Annual report on the working of the lock hospitals in the North-Western Provinces and Oudh
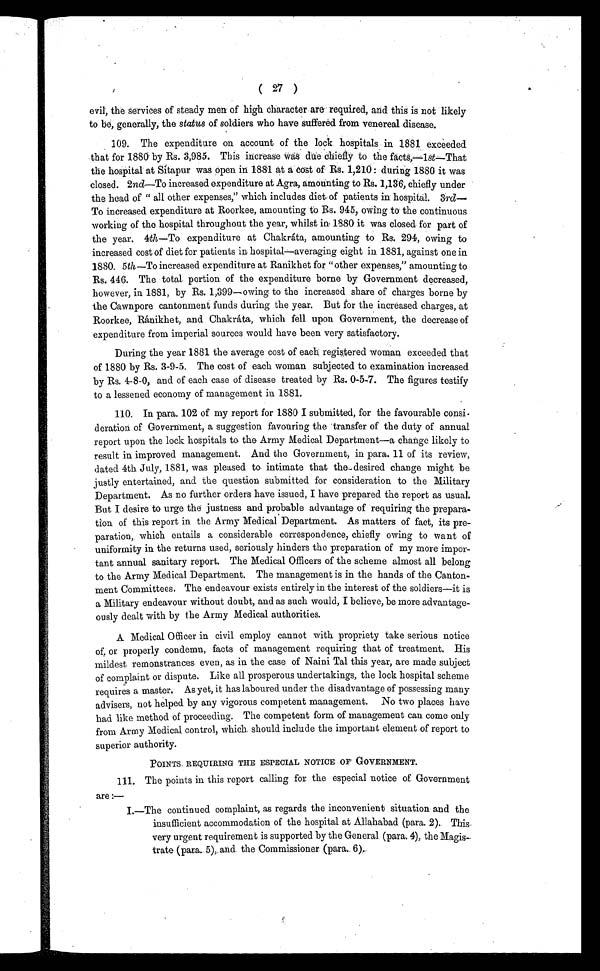
( 27 )
evil, the services of steady men of high character are required, and this is not likely
to be, generally, the status of soldiers who have suffered from venereal disease.
109. The expenditure on account of the lock hospitals in 1881 exceeded
that for 1880 by Rs. 3,985. This increase was due chiefly to the facts,—l st—That
the hospital at Sitapur was open in 1881 at a cost of Rs. 1,210: during 1880 it was
closed. 2nd —To increased expenditure at Agra, amounting to Rs. 1,136, chiefly under
the head of "all other expenses," which includes diet of patients in hospital. 3 rd—
To increased expenditure at Roorkee, amounting to Rs. 945, owing to the continuous
working of the hospital throughout the year, whilst in 1880 it was closed. for part of
the year. 4th —To expenditure at Chakráta, amounting to Rs. 294, owing to
increased cost of diet for patients in hospital—averaging eight in 1881, against one in.
1880. 5th —To increased expenditure at Ranikhet for "other expenses," amounting to
Rs. 446. The total portion of the expenditure borne by Government decreased,
however, in 1881, by Rs. 1,399—owing to the increased share of charges borne by
the Cawnpore cantonment funds during the year. But for the increased charges, at
Roorkee, Ránikhet, and Chakráta, which fell upon Government, the decrease of
expenditure from imperial sources would have been very satisfactory.
During the year 1881 the average cost of each registered woman exceeded that
of 1880 by Rs. 3-9-5. The cost of each woman subjected to examination increased
by Rs. 4-8-0, and of each case of disease treated by Rs. 0-5-7. The figures testify
to a lessened economy of management in 1881.
110. In para. 102 of my report for 1880 I submitted, for the favourable consi-
deration of Government, a suggestion favouring the transfer of the duty of annual
report upon the lock hospitals to the Army Medical Department—a change likely to
result in improved management. And the Government, in para. 11 of its review,
dated 4th July, 1881, was pleased to intimate that the desired change might be
justly entertained, and the question submitted for consideration to the Military
Department. As no further orders have issued, I have prepared the report as usual.
But I desire to urge the justness and probable advantage of requiring the prepara-
tion of this report in the Army Medical Department. As matters of fact, its pre-
paration, which entails a considerable correspondence, chiefly owing to want of
uniformity in the returns used, seriously hinders the preparation of my more impor-
tant annual sanitary report. The Medical Officers of the scheme almost all belong
to the Army Medical Department. The management is in the hands of the Canton-
ment Committees. The endeavour exists entirely in the interest of the soldiers—it is
a Military endeavour without doubt, and as such would, I believe, be more advantage-
ously dealt with by the Army Medical authorities.
A Medical Officer in civil employ cannot with propriety take serious notice
of. or properly condemn, facts of management requiring that of treatment. His
mildest remonstrances even, as in the case of Naini Tal this year, are made subject
of complaint or dispute. Like all prosperous undertakings, the lock hospital scheme
requires a master. As yet, it has laboured under the disadvantage of possessing many
advisers, not helped by any vigorous competent management. No two places have
had like method of proceeding. The competent form of management can come only
from Army Medical control, which should include the important element of report to
superior authority.
POINTS REQUIRING THE ESPECIAL NOTICE OF GOVERNMENT.
111. The points in this report calling for the especial notice of Government
are:—
I . — T h e c o n t i n u e d c o m p l a i n t , a s r e g a r d s t h e i n c o n v e n i e n t s i t u a t i o n a n d t h e
insufficient accommodation of the hospital at Allahabad (para. 2). This
very urgent requirement is supported by the General (para. 4), the Magis-
trate (para. 5), and, the Commissioner (para. 6).